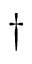
\dagger